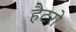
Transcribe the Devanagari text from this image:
हैटरो